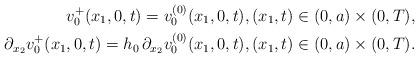
LaTeX: \begin{align*}v^+_0(x_1,0,t)=v^{(0)}_0(x_1,0,t), (x_1, t) \in (0,a) \times (0,T),\\\partial_{x_2}v^+_0(x_1,0,t) = h_0\, \partial_{x_2}v^{(0)}_0(x_1,0,t), (x_1, t) \in (0,a) \times (0,T). \end{align*}